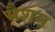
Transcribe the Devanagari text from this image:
मैशम